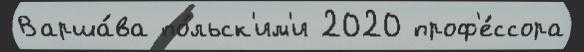
Варша́ва по́льск'им'и 2020 проф'е́ссора